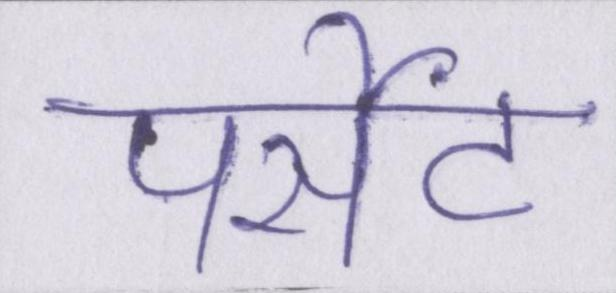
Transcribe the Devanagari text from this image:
पर्सेंट